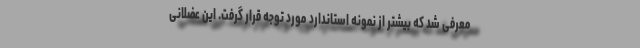
معرفی شد که بیشتر از نمونه استاندارد مورد توجه قرار گرفت. این عضلانی